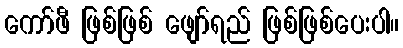
ကော်ဖီ ဖြစ်ဖြစ် ဖျော်ရည် ဖြစ်ဖြစ်ပေးပါ။